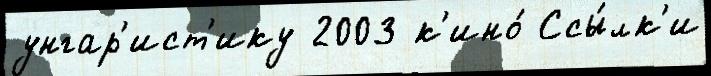
унгар'ист'ику 2003 к'ино́ Ссы́лк'и